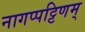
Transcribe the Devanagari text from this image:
नागप्पट्टिणम्